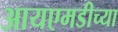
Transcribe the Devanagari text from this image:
आयएमडीच्या